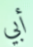
أبي